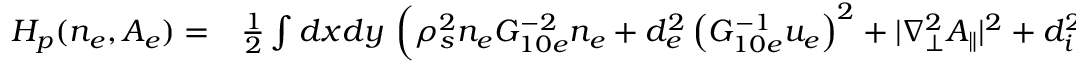
\begin{array} { r l } { H _ { p } ( n _ { e } , A _ { e } ) = } & { { } \frac { 1 } { 2 } \int d x d y \, \left( \rho _ { s } ^ { 2 } n _ { e } G _ { 1 0 e } ^ { - 2 } n _ { e } + d _ { e } ^ { 2 } \left( G _ { 1 0 e } ^ { - 1 } u _ { e } \right) ^ { 2 } + | \nabla _ { \perp } ^ { 2 } A _ { \parallel } | ^ { 2 } + d _ { i } ^ { 2 } | B _ { \parallel } | ^ { 2 } \right. } \end{array}